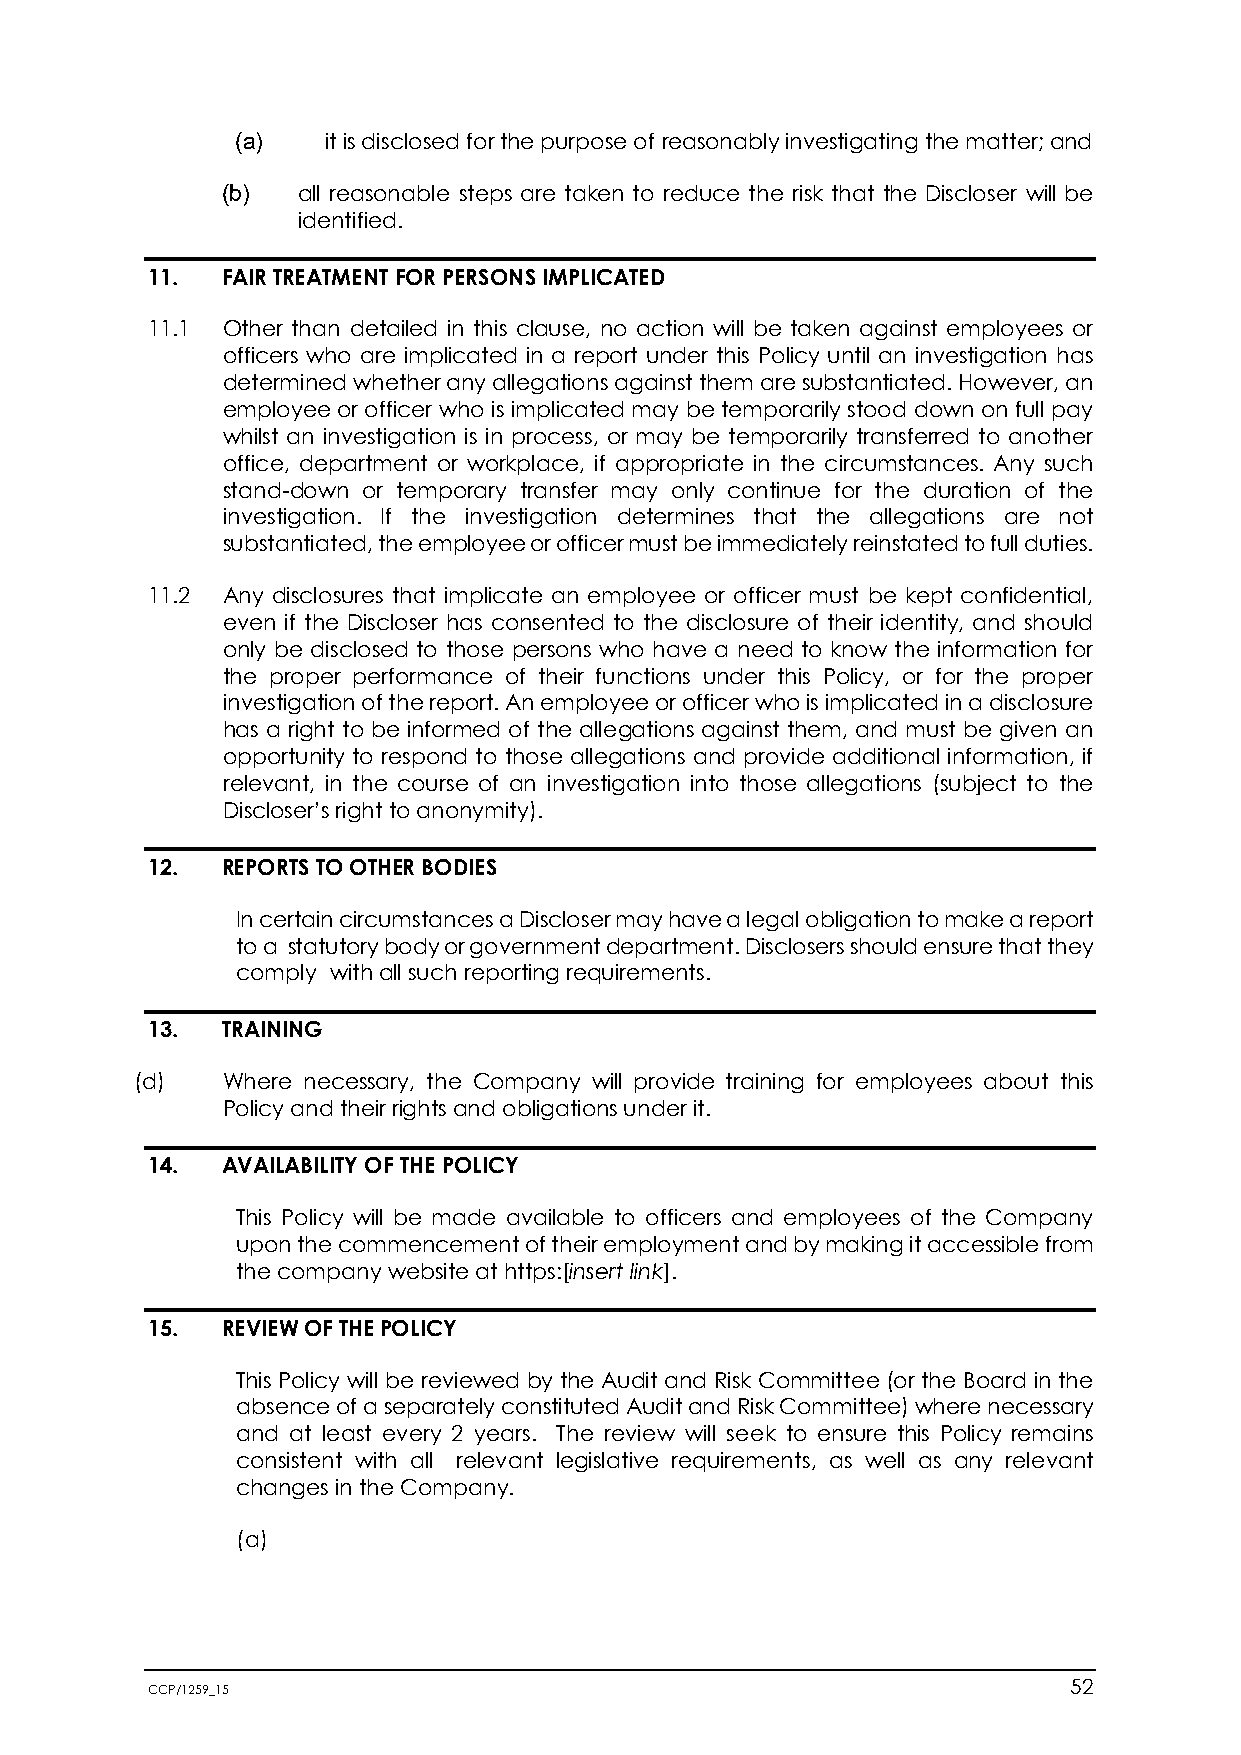
(a)   it is disclosed for the purpose of reasonably investigating the matter; and
 (b)  all reasonable steps are taken to reduce the risk that the Discloser will be
 identified.
 11.  FAIR TREATMENT FOR PERSONS IMPLICATED
 11.1 Other than detailed in this clause, no action will be taken against employees or
 officers who are implicated in a report under this Policy until an investigation has
 determined whether any allegations against them are substantiated. However, an
 employee or officer who is implicated may be temporarily stood down on full pay
 whilst an investigation is in process, or may be temporarily transferred to another
 office, department or workplace, if appropriate in the circumstances. Any such
 stand-down or temporary transfer may only continue for the duration of the
 investigation. If the investigation determines that the allegations are not
 substantiated, the employee or officer must be immediately reinstated to full duties.
 11.2 Any disclosures that implicate an employee or officer must be kept confidential,
 even if the Discloser has consented to the disclosure of their identity, and should
 only be disclosed to those persons who have a need to know the information for
 the proper performance of their functions under this Policy, or for the proper
 investigation of the report. An employee or officer who is implicated in a disclosure
 has a right to be informed of the allegations against them, and must be given an
 opportunity to respond to those allegations and provide additional information, if
 relevant, in the course of an investigation into those allegations (subject to the
 Discloser’s right to anonymity).
 12.  REPORTS TO OTHER BODIES
 In certain circumstances a Discloser may have a legal obligation to make a report
 to a statutory body or government department. Disclosers should ensure that they
 comply with all such reporting requirements.
 13.  TRAINING
 (d)   Where necessary, the Company will provide training for employees about this
 Policy and their rights and obligations under it.
 14.  AVAILABILITY OF THE POLICY
 This Policy will be made available to officers and employees of the Company
 upon the commencement of their employment and by making it accessible from
 the company website at https:[insert link].
 15.  REVIEW OF THE POLICY
 This Policy will be reviewed by the Audit and Risk Committee (or the Board in the
 absence of a separately constituted Audit and Risk Committee) where necessary
 and at least every 2 years. The review will seek to ensure this Policy remains
 consistent with all relevant legislative requirements, as well as any relevant
 changes in the Company.
 (a)
 CCP/1259_15                                                  52